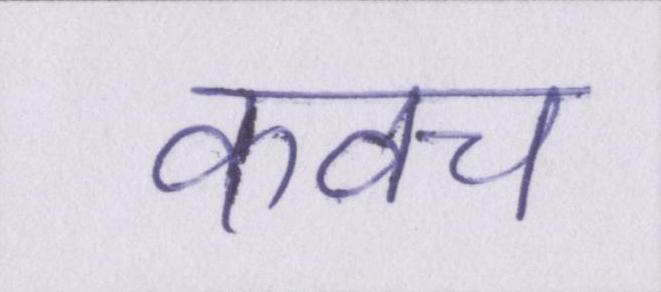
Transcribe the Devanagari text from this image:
कवच